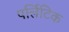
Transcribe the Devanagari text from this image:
पर्लिटिक